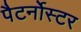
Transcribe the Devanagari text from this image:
पैटर्नोस्टर